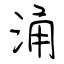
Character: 涌